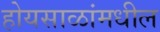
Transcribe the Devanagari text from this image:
होयसाळांमधील